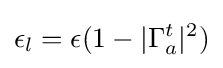
\epsilon _{l}=\epsilon (1-|\Gamma _{a}^{t}|^{2})